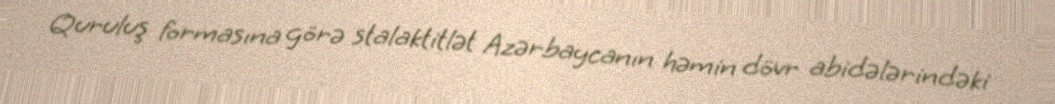
Quruluş formasına görə stalaktitlət Azərbaycanın həmin dövr abidələrindəki